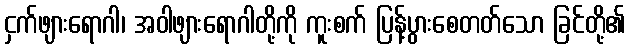
ငှက်ဖျားရောဂါ၊ အဝါဖျားရောဂါတို့ကို ကူးစက် ပြန့်ပွားစေတတ်သော ခြင်တို့၏